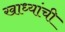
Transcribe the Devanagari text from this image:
खाध्यांची